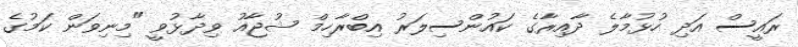
ރައީސް އަދި ހުޅުމާލެ ދާއިރާގެ ކައުންސިލަރު އިބްރާހިމް ޝުޖާއު ވިދާޅުވީ "މިނިވަން ކަމުގެ